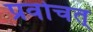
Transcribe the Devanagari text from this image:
प्रवोचत्